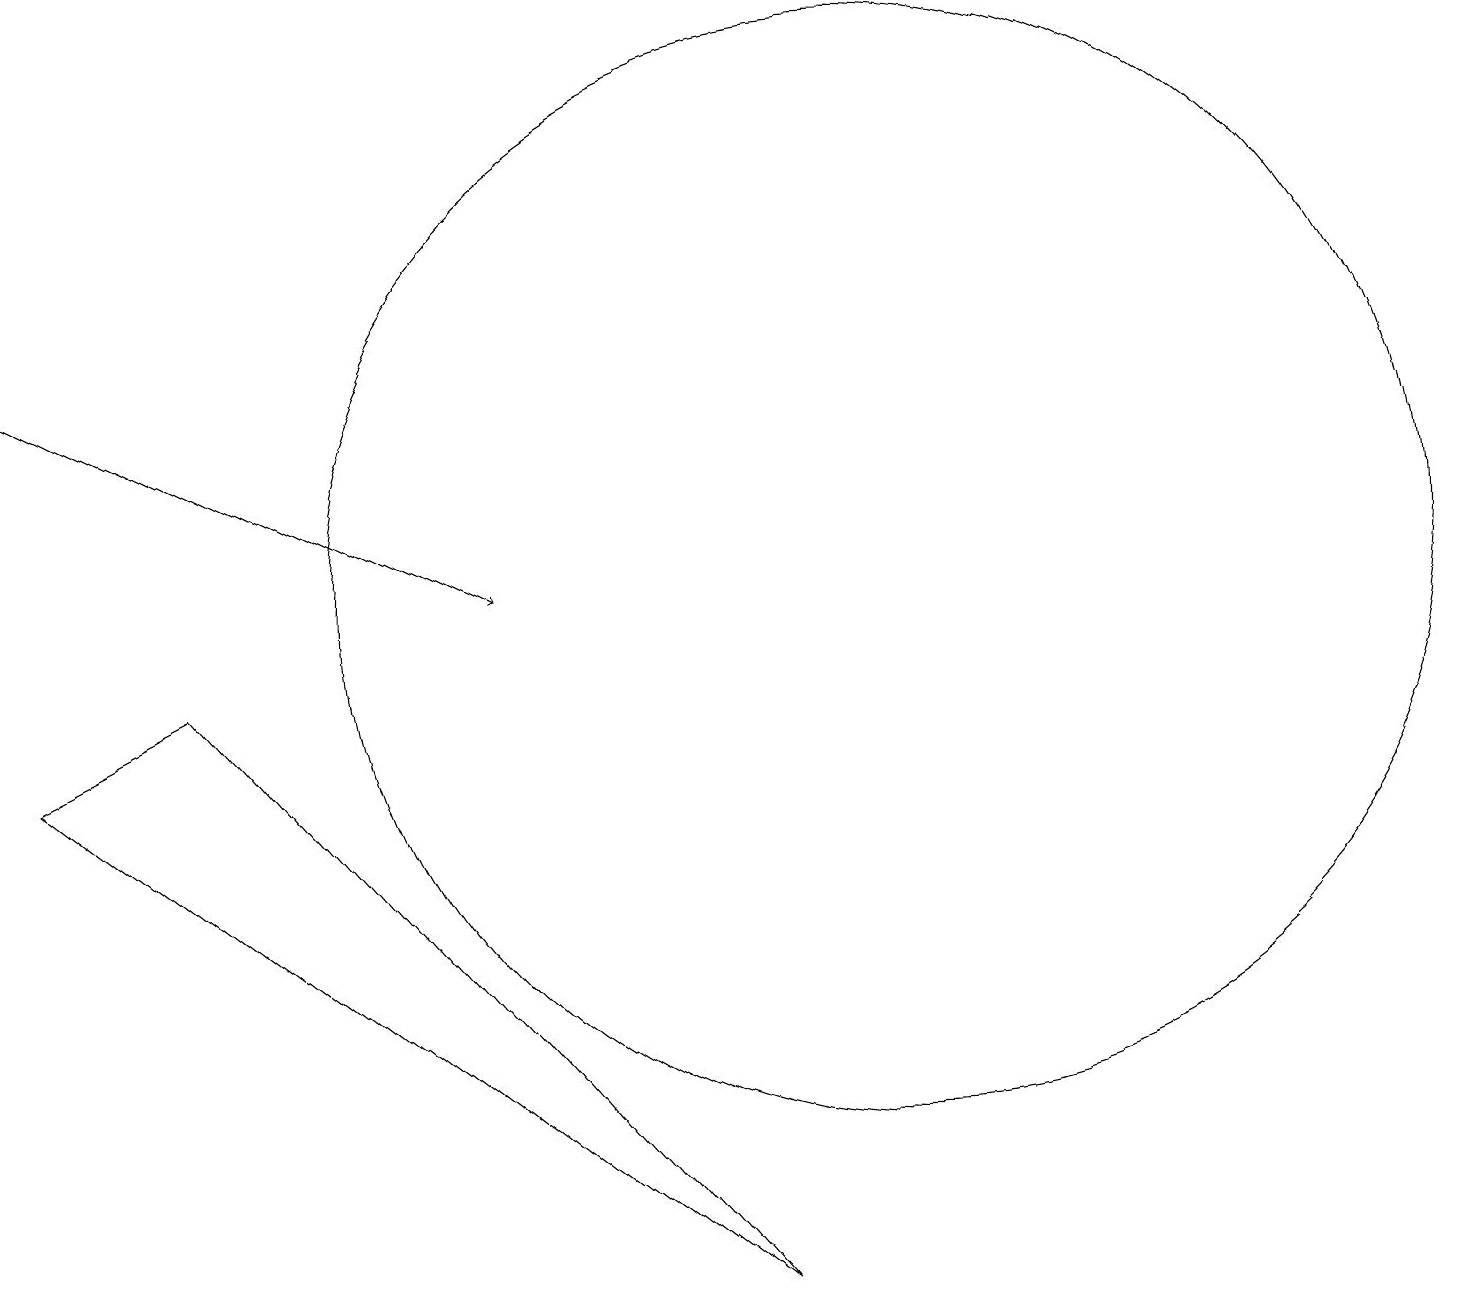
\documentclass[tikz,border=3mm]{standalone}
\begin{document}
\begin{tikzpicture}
\draw (2,9) -- (9,1) -- (0,8) -- cycle;
\draw (11,10) circle (7);
\draw[->] (0,13) -- (6,10);
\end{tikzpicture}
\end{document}